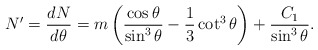
\begin{align*}N' = \frac{d N}{d \theta} = m \left(\frac{\cos\theta}{\sin^3\theta} - \frac13 \cot^3\theta \right) +\frac{C_1}{\sin^3\theta}.\end{align*}